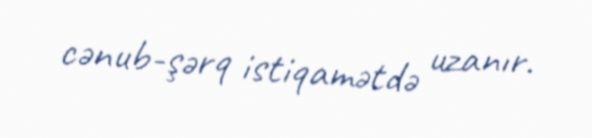
cənub-şərq istiqamətdə uzanır.